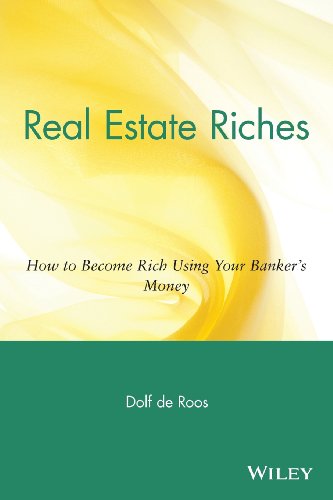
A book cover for Real Estate Riches: How to Become Rich Using Your Banker's Money; Dolf de Roos; Business & Money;